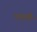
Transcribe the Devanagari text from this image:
पदलै